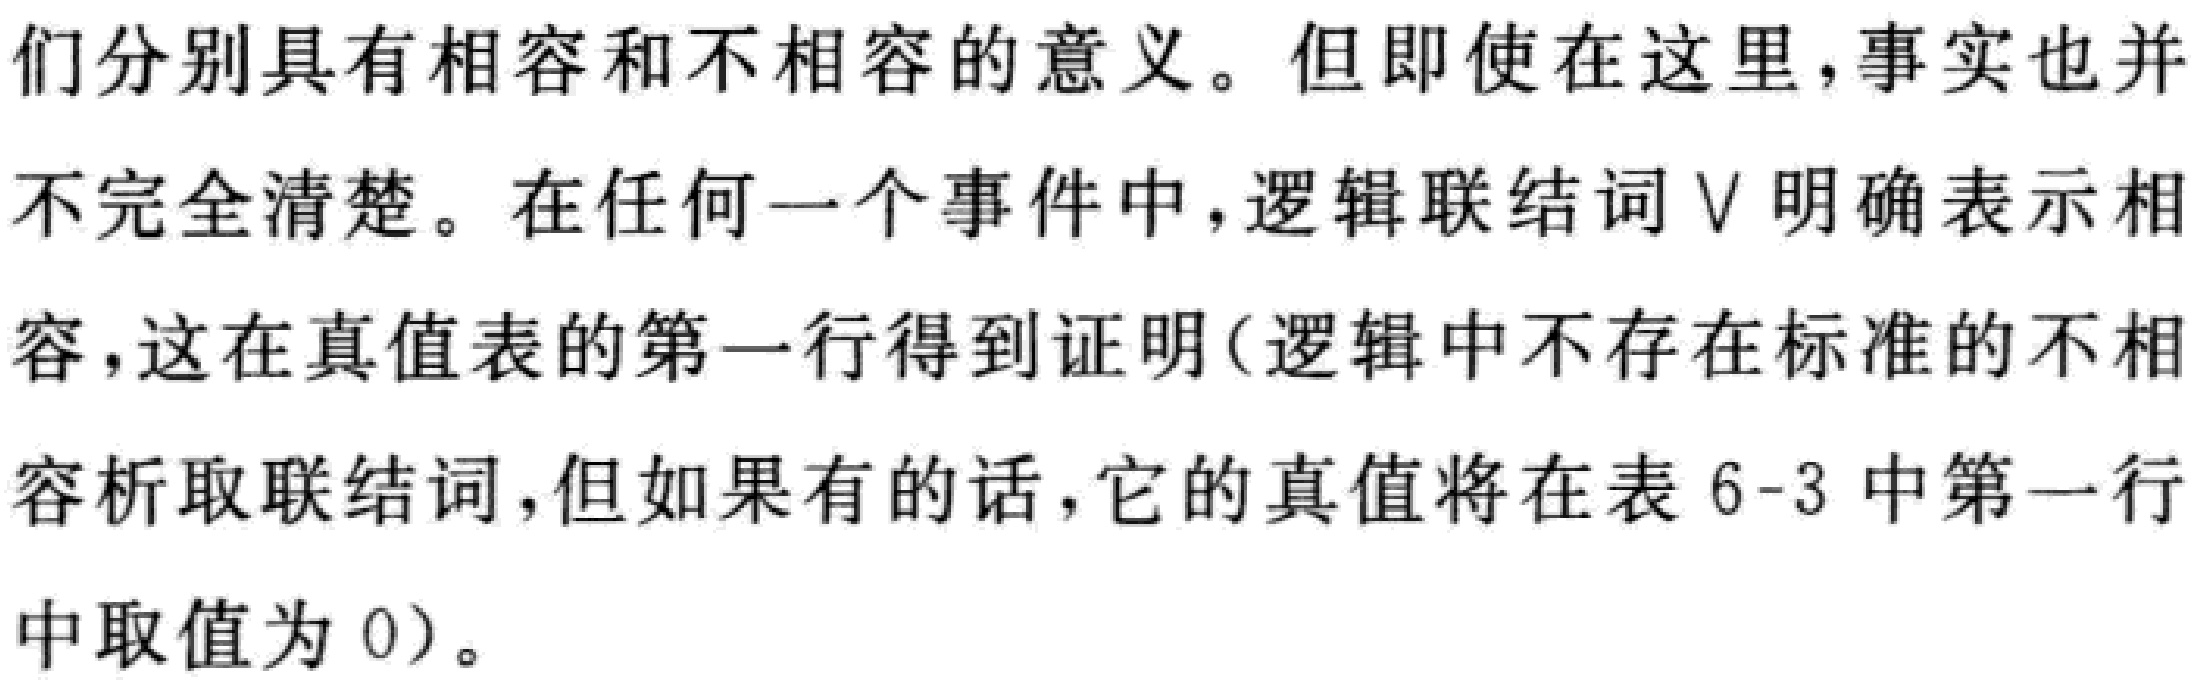
们分别具有相容和不相容的意义。但即使在这里，事实也并不完全清楚。在任何一个事件中，逻辑联结词$\vee$明确表示相容，这在真值表的第一行得到证明（逻辑中不存在标准的不相容析取联结词，但如果有的话，它的真值将在表6-3中第一行中取值为0）。